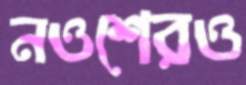
নওশেরও